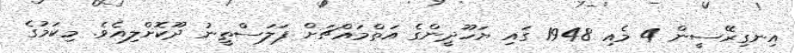
އިނގިރޭސީން 4 މެއި 1948 ގައި ޔަހޫދީންގެ އަތްމައްޗަށް ފަލަސްޠީނު ދޫކޮށްލިއެވެ. މިކަމުގެ